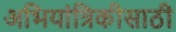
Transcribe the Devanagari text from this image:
अभियांत्रिकीसाठी